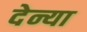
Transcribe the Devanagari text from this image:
देन्या